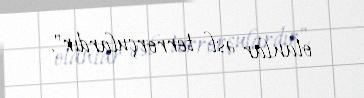
olanlar əsl terrorçulardır".